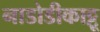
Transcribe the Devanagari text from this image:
नाडोडीकाट्टू